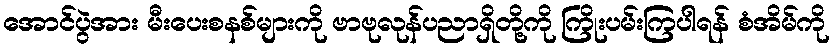
အောင်ပွဲအား မီးပေးစနစ်များကို ဗာဗုလုန်ပညာရှိတို့ကို ကြိုးပမ်းကြပါရန် စံအိမ်ကို